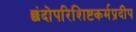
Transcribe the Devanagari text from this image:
छंदोपरिशिष्टकर्मप्रदीप